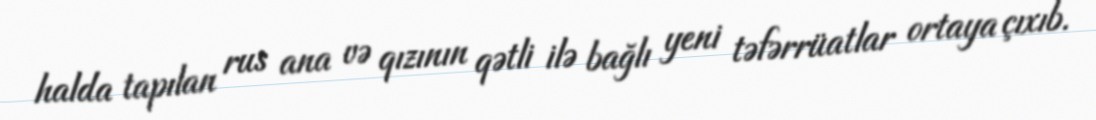
halda tapılan rus ana və qızının qətli ilə bağlı yeni təfərrüatlar ortaya çıxıb.